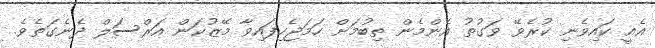
އެއީ ކައިވެނި ކުރެވޭ ވަގުތު އެންމެން ތިބުމަށް ހަމަޖެހިފައިވާ މޭޒުކަން އަރްސަލް ދެނެގަތެވެ.